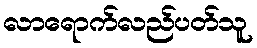
လာရောက်လည်ပတ်သူ